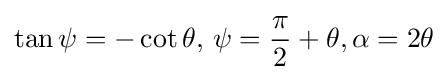
\tan \psi =-\cot \theta ,\,\psi ={\frac {\pi }{2}}+\theta ,\alpha =2\theta